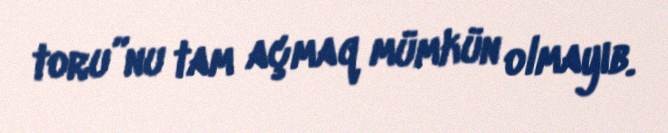
toru”nu tam açmaq mümkün olmayıb.